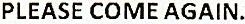
PLEASE COME AGAIN.